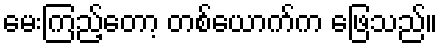
မေးကြည့်တော့ တစ်ယောက်က ဖြေသည်။